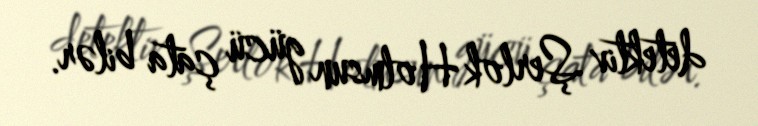
detektiv Şerlok Holmsun gücü çata bilər.